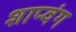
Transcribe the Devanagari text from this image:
शाप्वंग